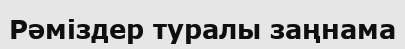
Рәміздер туралы заңнама